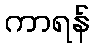
ကာရန်